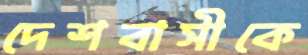
দেশবাসীকে